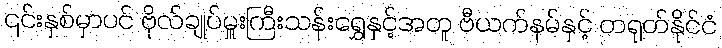
၎င်းနှစ်မှာပင် ဗိုလ်ချုပ်မှူးကြီးသန်းရွှေနှင့်အတူ ဗီယက်နမ်နှင့် တရုတ်နိုင်ငံ